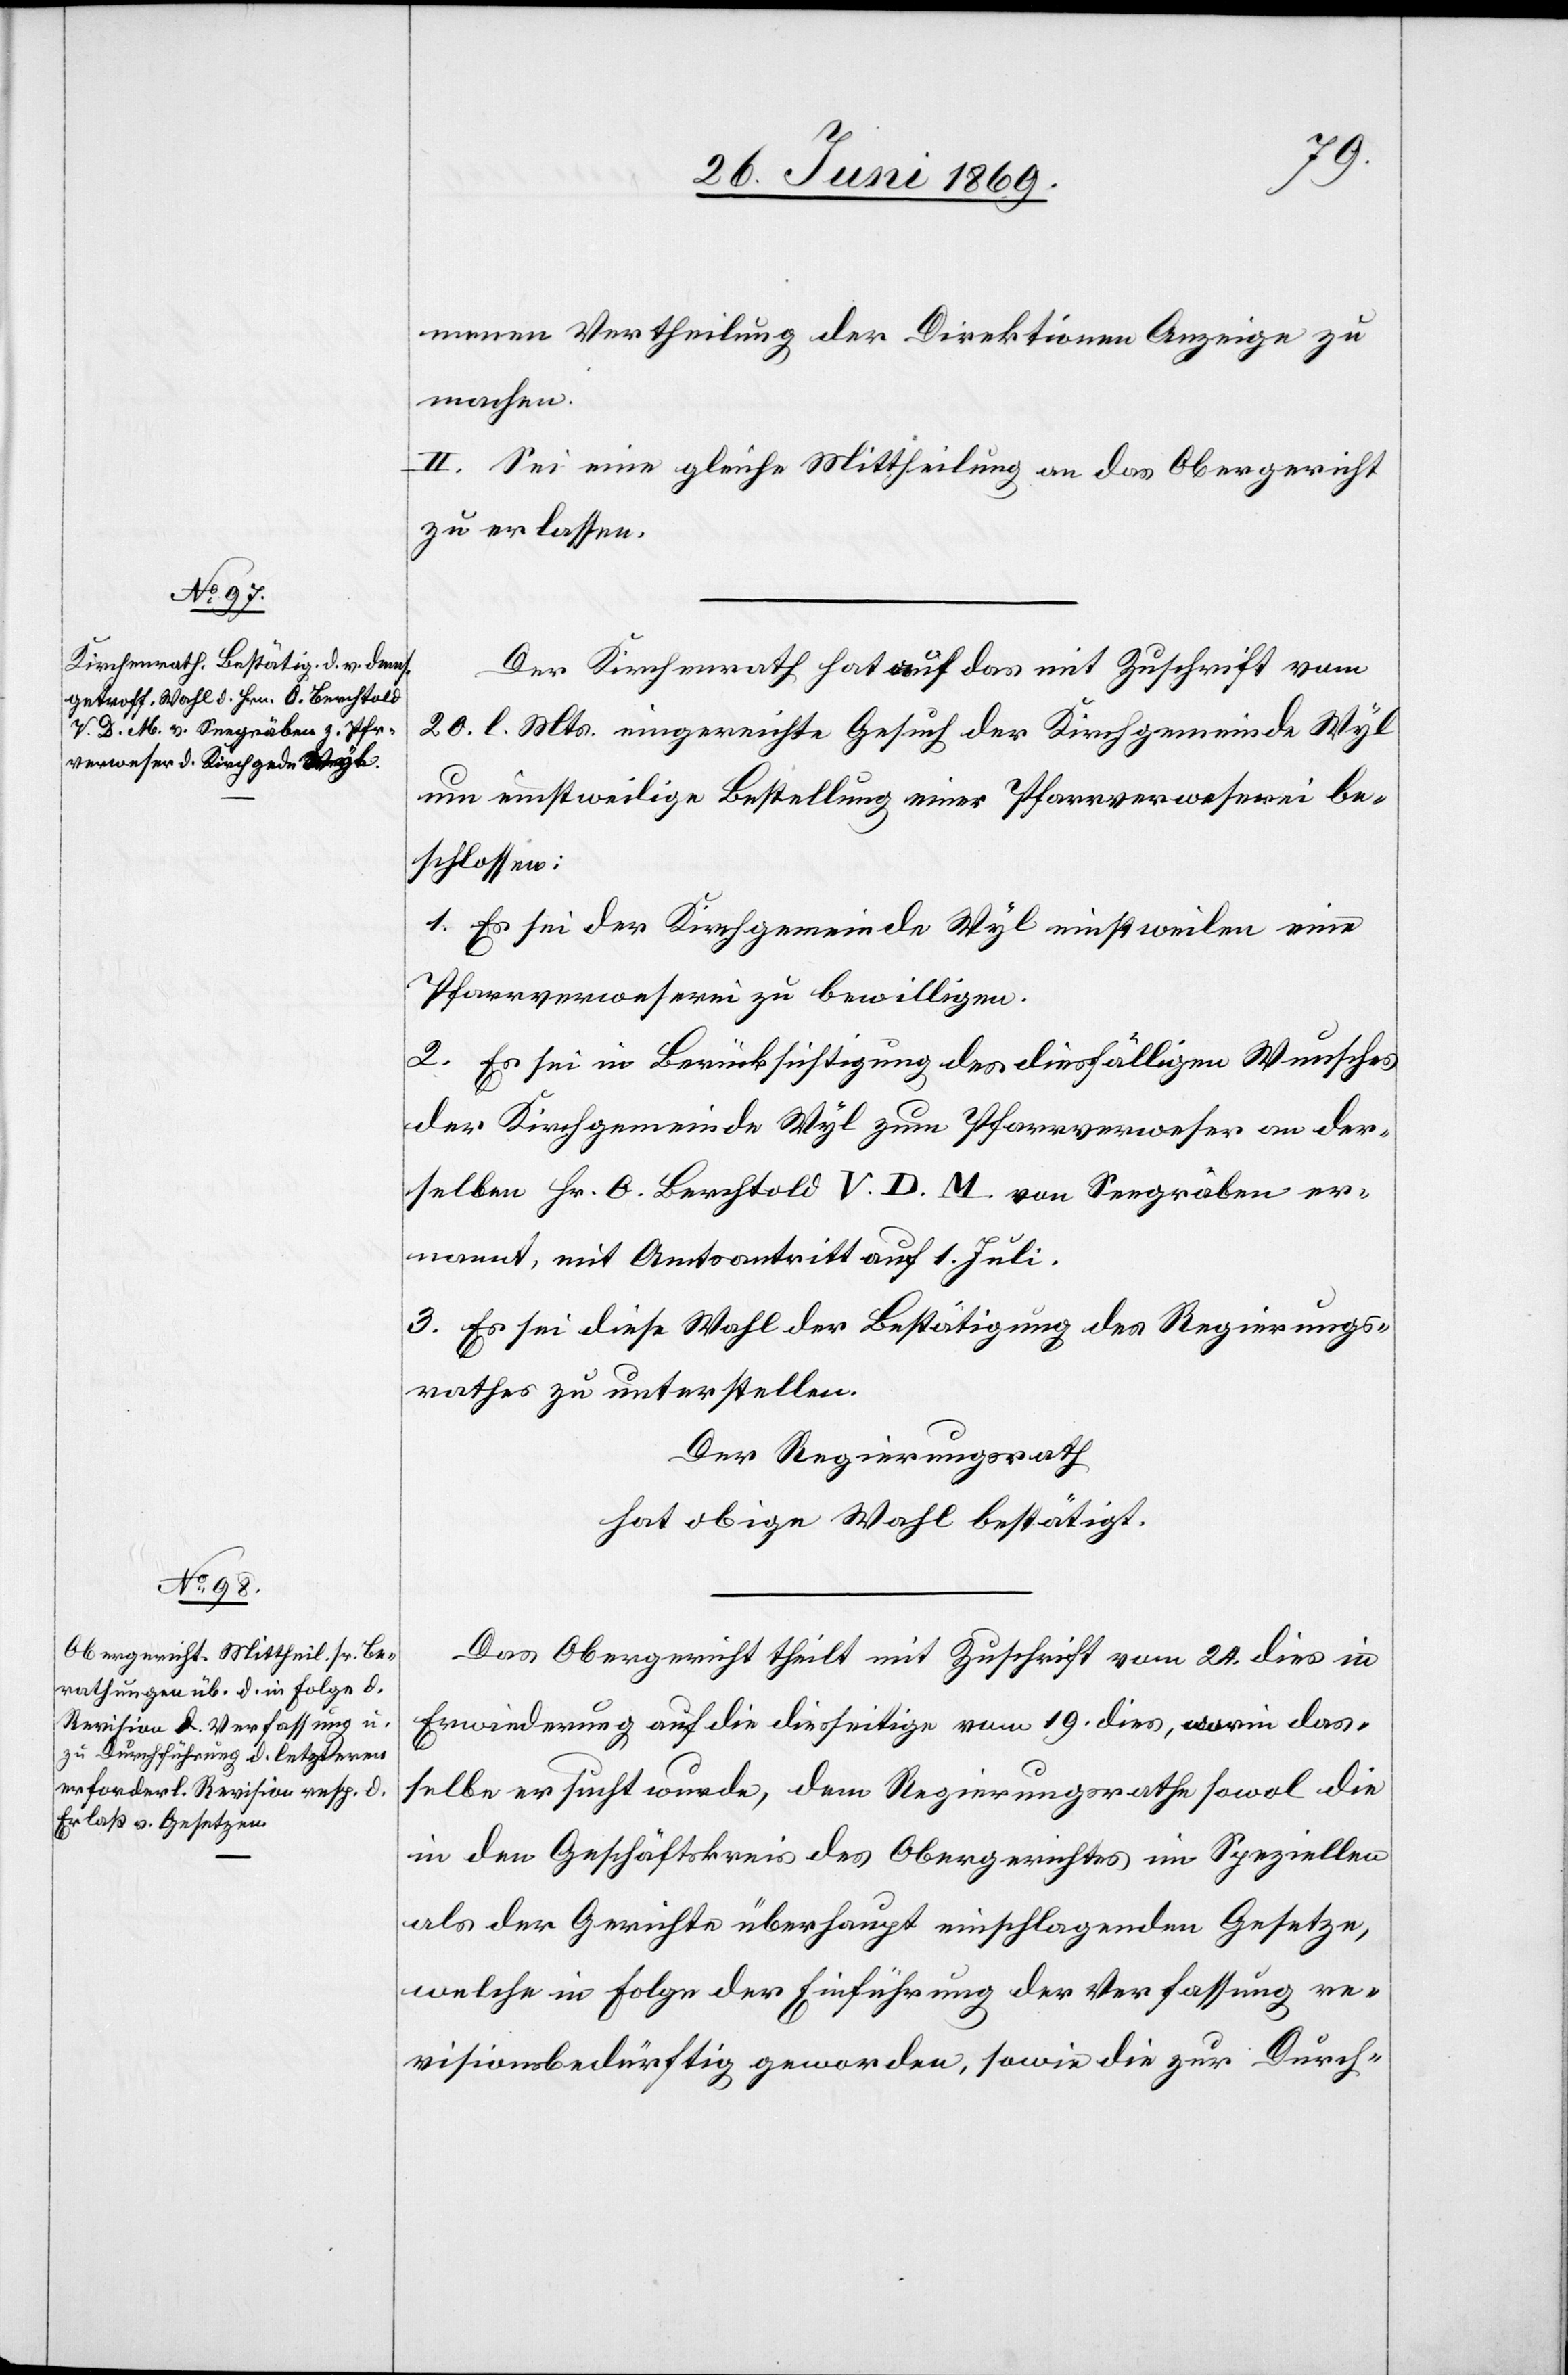
menen Vertheilung der Direktionen Anzeige zu
machen.
II. Sei eine gleiche Mittheilung an das Obergericht
zu erlassen.
Der Kirchenrath hat auf das mit Zuschrift vom
20. l. Mts. eingereichte Gesuch der Kirchgemeinde Wyl
um einstweilige Bestellung einer Pfarrverweserei be¬
schlossen:
1. Es sei der Kirchgemeinde Wyl einstweilen eine
Pfarrverweserin zu bewilligen.
2. Es sei in Berücksichtigung des diesfälligen Wunsches
der Kirchgemeinde Wyl zum Pfarrverweser an der¬
selben Hr. O. Berchtold V. D. M. von Seegräben er¬
nannt, mit Amtsantritt auf 1. Juli.
3. Es sei diese Wahl der Bestätigung des Regierungs¬
rathes zu unterstellen.
Der Regierungsrath
hat obige Wahl bestätigt.
Das Obergericht theilt mit Zuschrift vom 24 dies in
Erwiederung auf die diesseitige vom 19 dies, worin das¬
selbe ersucht wurde, dem Regierungsrathe sowol die
in den Geschäftskreis des Obergerichtes im Speziellen
als der Gerichte überhaupt einschlagenden Gesetze,
welche in Folge der Einführung der Verfassung re¬
visionsbedürftig geworden, sowie die zur Durch-